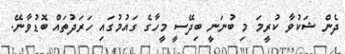
ދެން ޝަކުވާ ކުރީމަ މި ބުނަނީ ބިދޭސީ މީހާގެ ގައުމުގައި ހަރަދުތައް ބޮޑުވާނޭ.